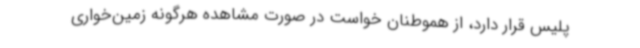
پلیس قرار دارد، از هموطنان خواست در صورت مشاهده هرگونه زمین‌خواری